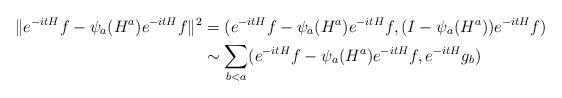
LaTeX: \begin{align*}\begin{aligned}\Vert e^{-itH}f-\psi_a(H^a)e^{-itH}f\Vert^2&=(e^{-itH}f-\psi_a(H^a)e^{-itH}f,(I-\psi_a(H^a))e^{-itH}f)\\&\sim\sum_{b<a}(e^{-itH}f-\psi_a(H^a)e^{-itH}f,e^{-itH}g_b)\end{aligned}\end{align*}